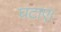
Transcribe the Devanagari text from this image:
घटाएं।